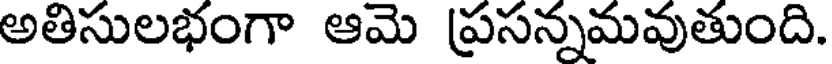
అతిసులభంగా ఆమె ప్రసన్నమవుతుంది.